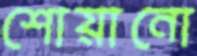
শোয়ানো